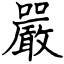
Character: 嚴